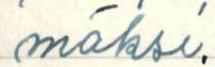
mäksi.